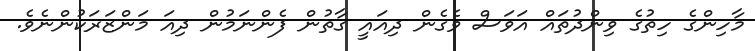
މާހިންގެ ހިތުގެ ވިންދުތައް އަވަސް ވެގެން ދިއައީ ގާތުން ފެންނަމުން ދިއަ މަންޒަރަކުންނެވެ.